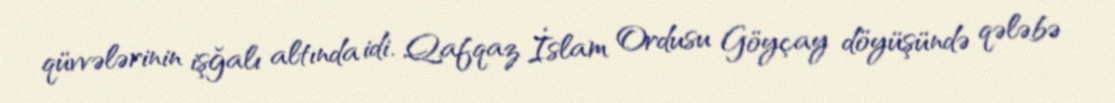
qüvvələrinin işğalı altında idi. Qafqaz İslam Ordusu Göyçay döyüşündə qələbə